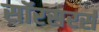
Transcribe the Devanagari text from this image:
सॉरसरर्स